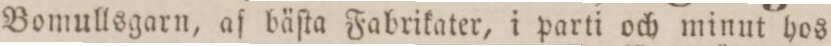
Bomullsgarn, af bäſta Fabrikater, i parti och minut hos